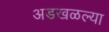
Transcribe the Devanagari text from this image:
अडखळल्या